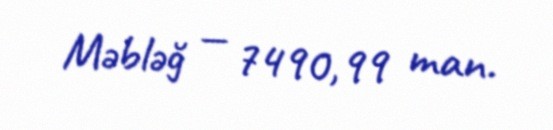
Məbləğ — 7490,99 man.